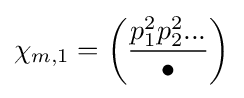
\chi _{m,1}=\left({\frac {p_{1}^{2}p_{2}^{2}...}{\bullet }}\right)